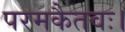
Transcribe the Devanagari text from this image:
परमकैतवः।